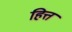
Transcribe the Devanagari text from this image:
हित्त